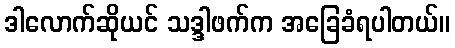
ဒါလောက်ဆိုယင် သဒ္ဒါဖက်က အခြေခံရပါတယ်။